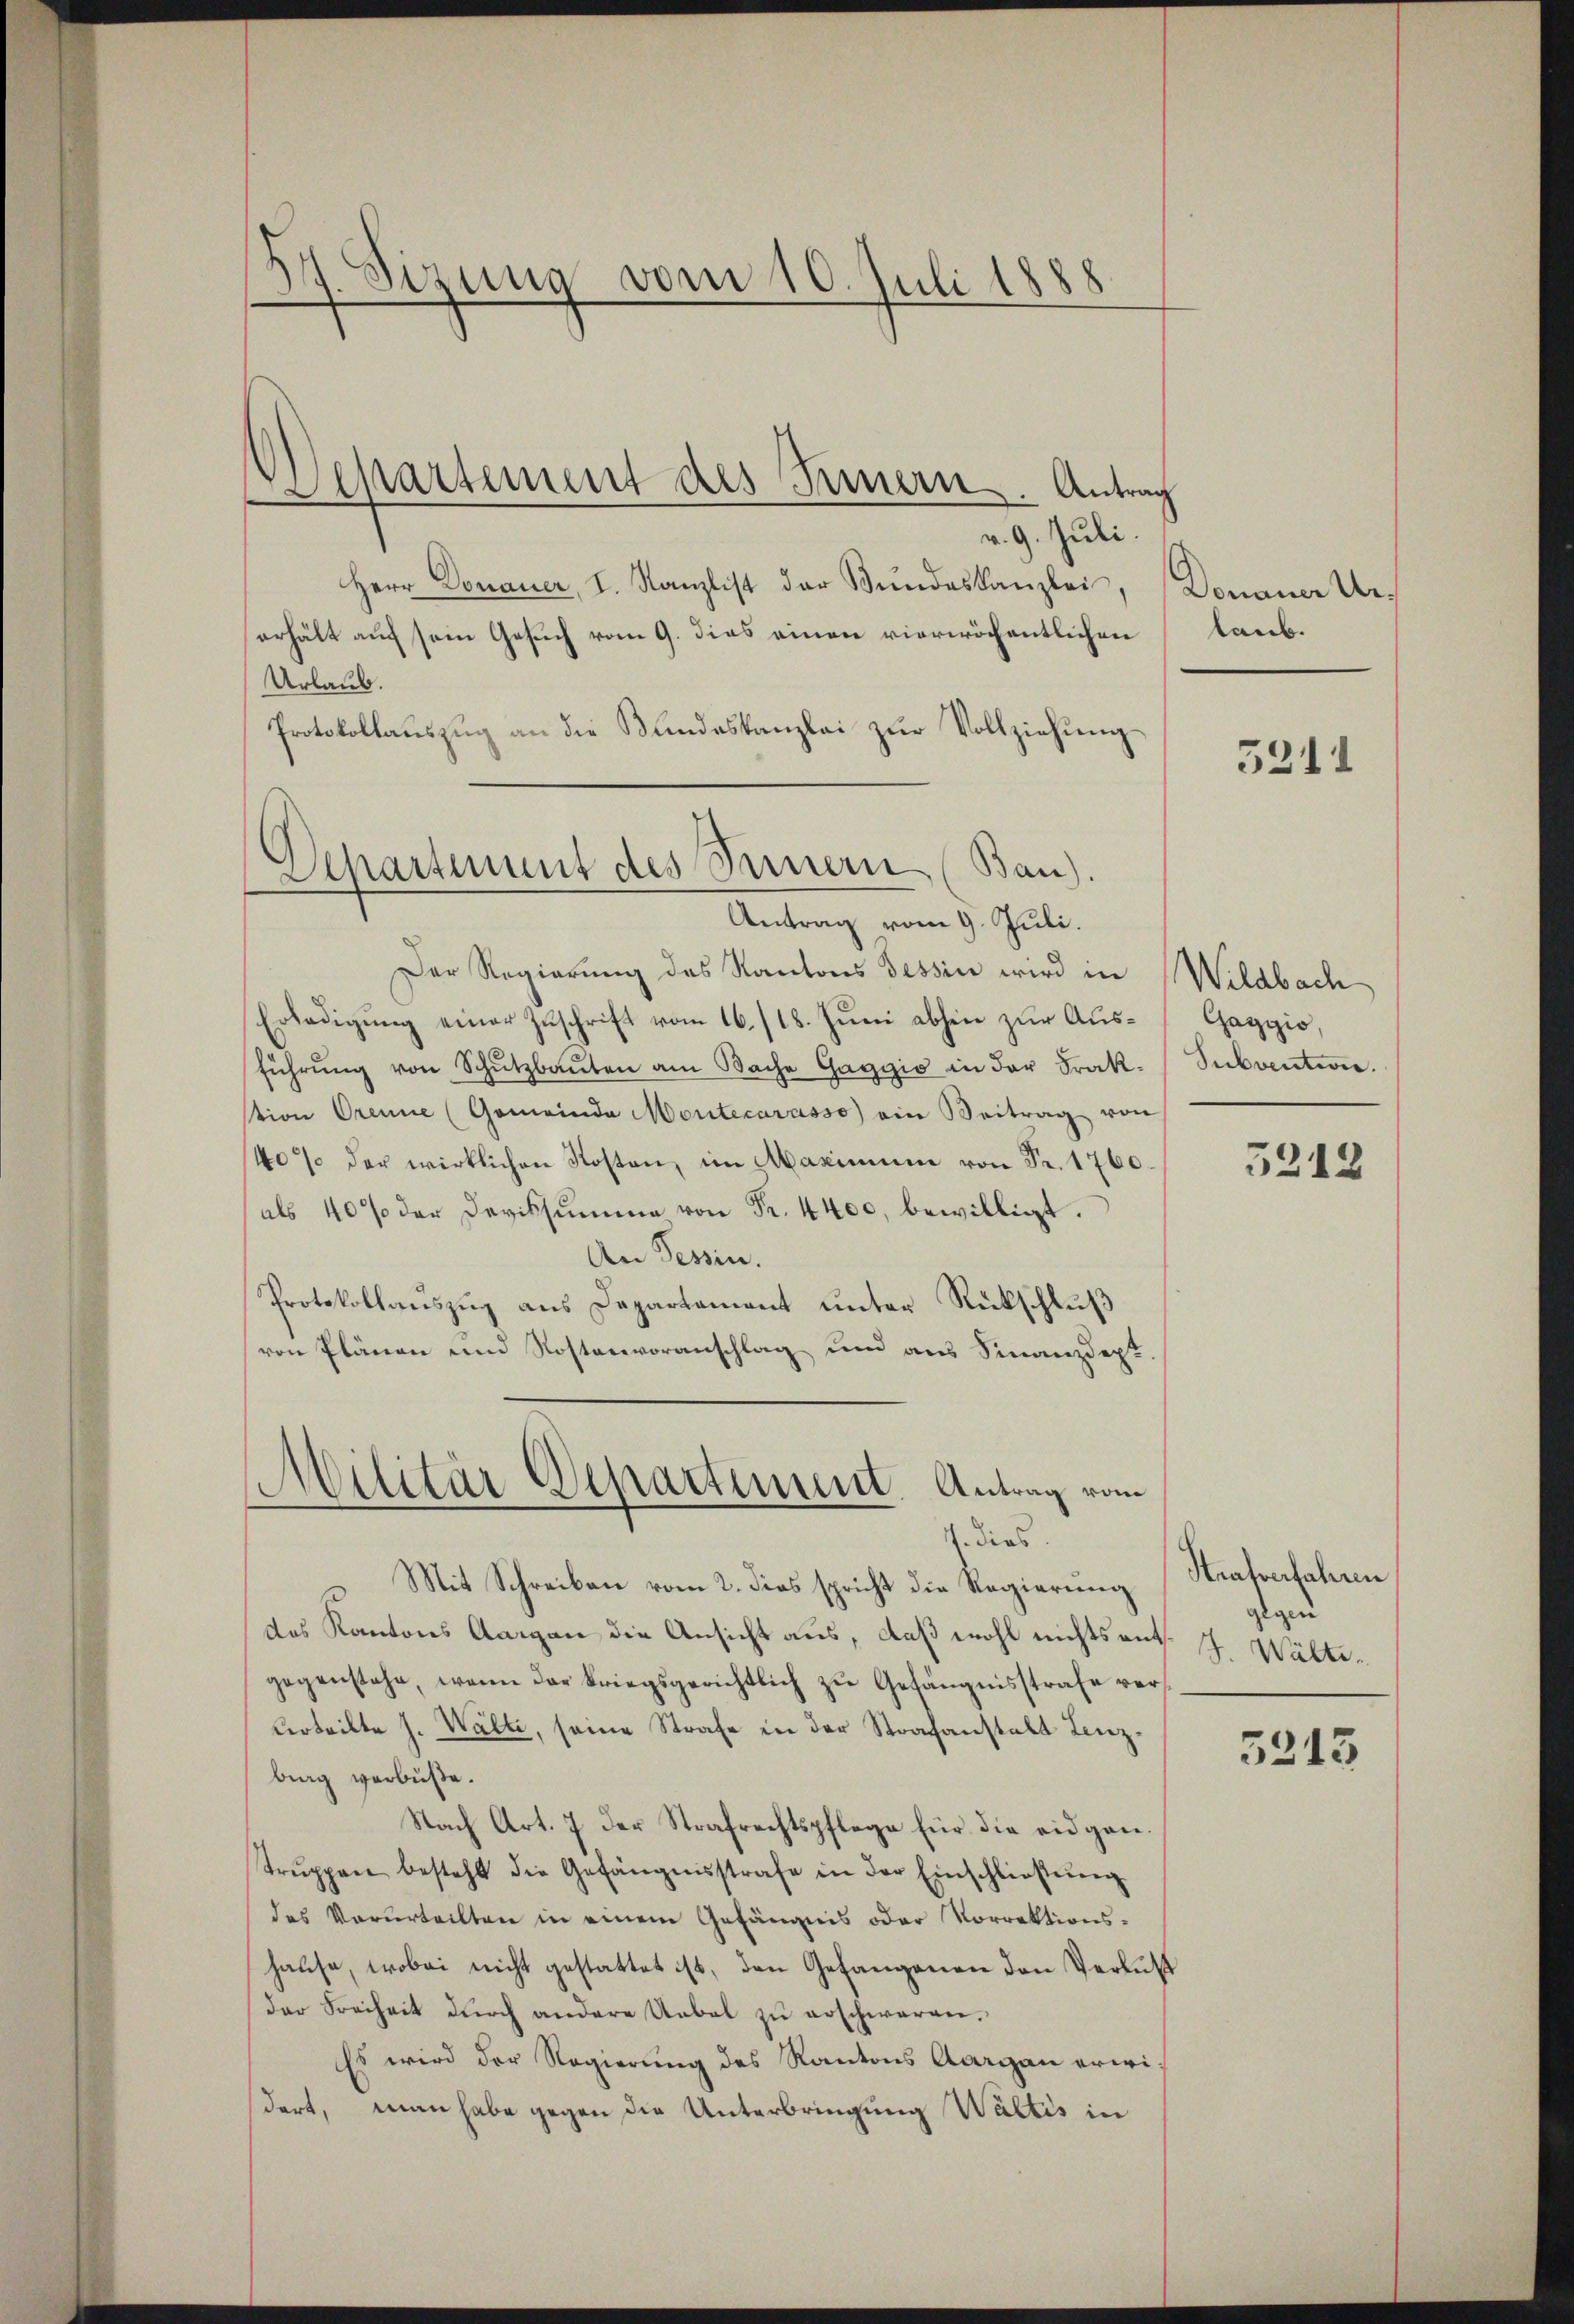
7. Sizung vom 10. Juli 1888

Separtement des Innern. Antrag

Departement des Sinnern (Ban).
Antrag vom 9. Juli.

v. 9. Juli.
Herr Donauer, I. Kanzlist der Bŭndeskanzlei,
erhält auf sein Gesuch vom 9. dies einen vierwöchentlichen
Urlaub.
Protokollaŭszŭg an die Bundeskanzlei zŭr Vollziehŭng
Der Regierung des Kantons Tessin wird in Wildbach
Erledigung einer Zuschrift vom 16./18. Juni abhin zur Ausführŭng von Schŭtzen am Bache Gaggio in der Frak-
tion Orenne (Gemeinde Montecarasso ein Beitrag von
40% der wirklichen Kosten, im Maximum von Fr. 1760.
als 40% der Devissumme von Fr. 4400, bewilligt.
An Tessin.
Protokollauszug aus Departement unter Rückschluß
von Plänen und Rostenvoranschlag und aus Finanzdept

Militär Departement. Antrag vom
4. dies

Mit Schreiben vom 2. dies spricht die Regierung
das Kantons Aargau die Ansicht aus, daß wohl nichtsant. J. Waltegegenstehe, wenn der kriegsgerichtlich zŭ Gefängnisstrafe ververtrikte s. Walte, seine Strafe in der Strafanstalt Lenzbrag verbüße.
Nach Art. 7 der Strafrechtspflege für die eidgen.
trŭppen besteht die Gefängnisstrafe in der Einschlieβŭng
des Verurteilten in einem Gefängnis oder Vorrektionshause, wobei nicht gestattet ist, den Gefangenen den Verlust
der Freiheit dŭrch andere Uebel zŭ erschwaren.
Es wird der Regierung des Kantons Aargau erwi-
dert, man habe gegen die Unterbringung Waltis in

Donauer Urs
laub.

5211

Gaggio,
Subvention.

5212

Strafverfahren
gegen

5213